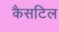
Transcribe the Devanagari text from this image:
कैसटिल